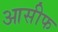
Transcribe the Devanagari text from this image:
आसीफ